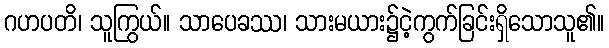
ဂဟပတိ၊ သူကြွယ်။ သာပေခဿ၊ သားမယား၌ငဲ့ကွက်ခြင်းရှိသောသူ၏။